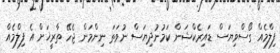
ފިލްމެއް ގޯސްވިޔަސް ޑައިރެކްޝަން ކަމުނުދިޔަސް ނުވަތަ ނިންމަން ޖެހޭ ތާރީޚަށް އެ ފިލްމެއް